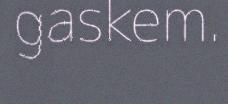
gaskem.